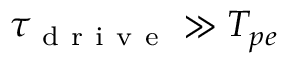
\tau _ { \mathrm { ~ d ~ r ~ i ~ v ~ e ~ } } \gg T _ { p e }